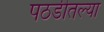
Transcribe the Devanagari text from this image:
पठडीतल्या